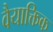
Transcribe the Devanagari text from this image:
वैयाक्तिक